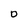
Character: 0